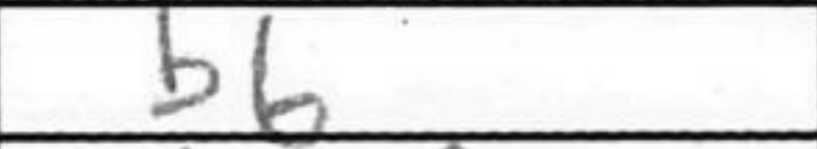
Transcription: b6